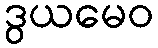
ဒွယမေဝ